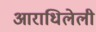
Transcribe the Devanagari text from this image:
आराधिलेली